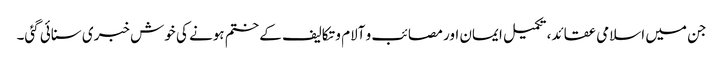
جن میں اسلامی عقائد، تکمیل ایمان اور مصائب و آلام و تکالیف کے ختم ہونے کی خوش خبری سنائی گئی۔